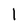
Character: 1